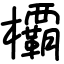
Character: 𣠽